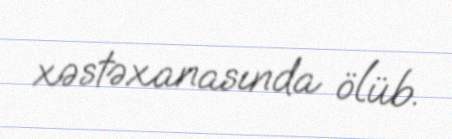
xəstəxanasında ölüb.